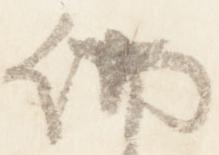
納